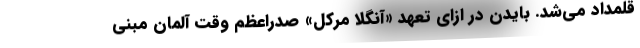
قلمداد می‌شد. بایدن در ازای تعهد «آنگلا مرکل» صدراعظم وقت آلمان مبنی